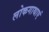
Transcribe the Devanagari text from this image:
लोकगाथाएं